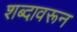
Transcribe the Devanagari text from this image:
शब्‍दावरून